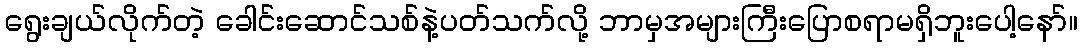
ရွေးချယ်လိုက်တဲ့ ခေါင်းဆောင်သစ်နဲ့ပတ်သက်လို့ ဘာမှအများကြီးပြောစရာမရှိဘူးပေါ့နော်။